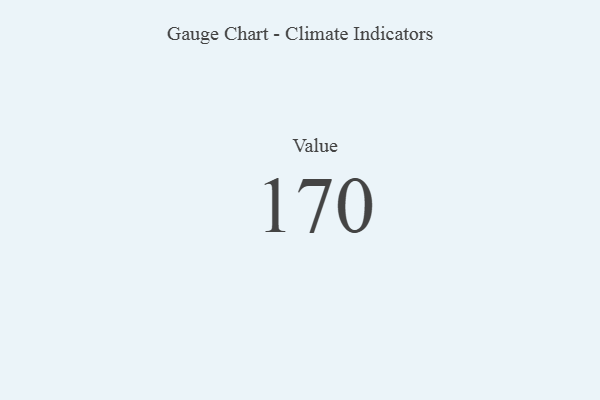
{"axis": {"x": "Metric", "y": "Value"}, "legend": [""], "data": [{"x": "Value", "y": 170, "type": ""}]}